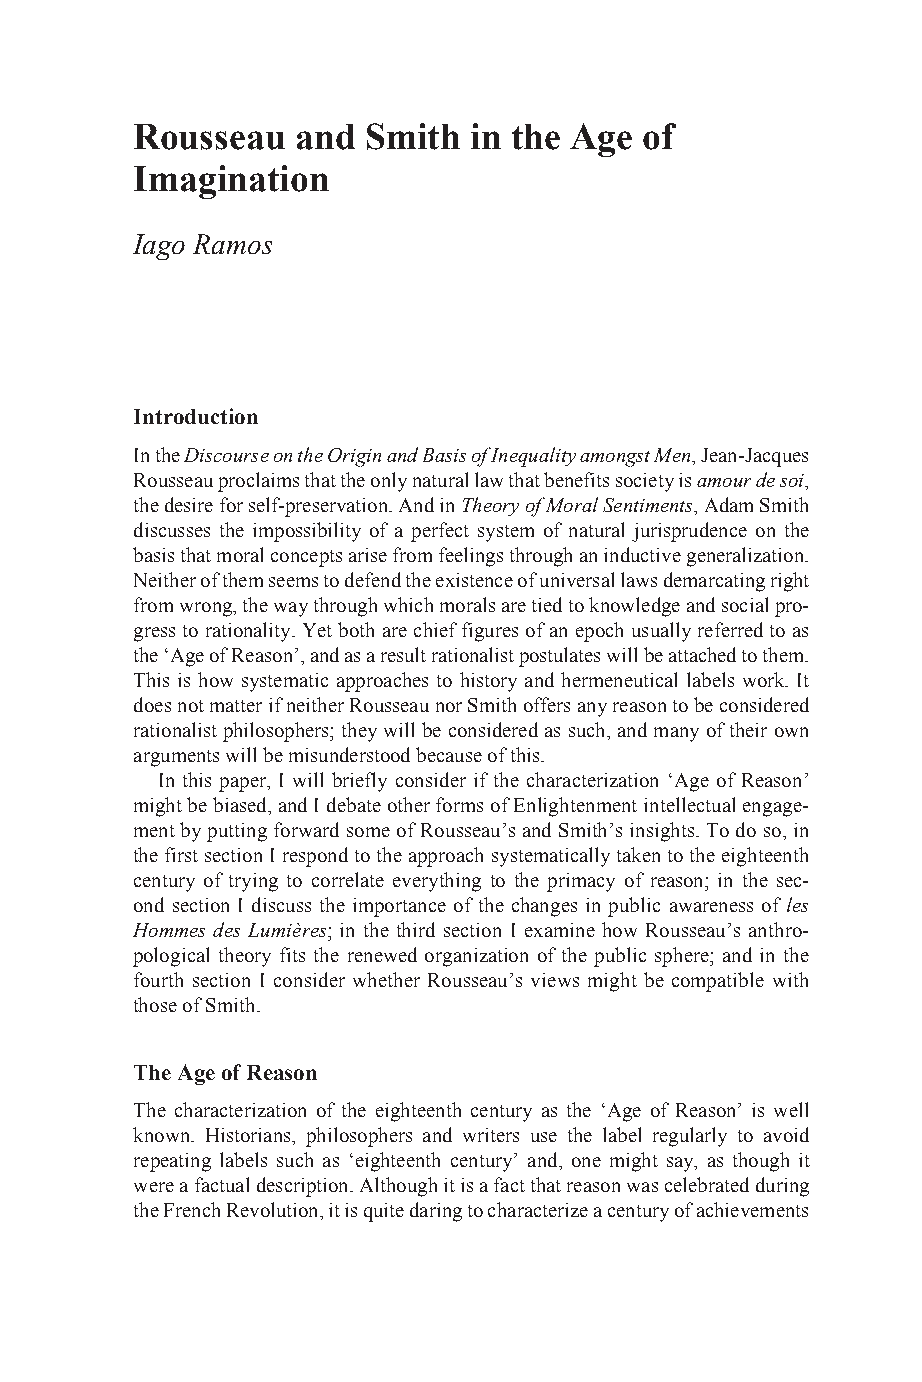
Rousseau   and Smith  in the Age of
 Imagination
 Iago Ramos
 Introduction
 In the Discourse on the Origin and Basis of Inequality amongst Men, Jean-Jacques
 Rousseau proclaims that the only natural law that benefits society is amour de soi,
 the desire for self-preservation. And in Theory of Moral Sentiments, Adam Smith
 discusses the impossibility of a perfect system of natural jurisprudence on the
 basis that moral concepts arise from feelings through an inductive generalization.
 Neither of them seems to defend the existence of universal laws demarcating right
 from wrong, the way through which morals are tied to knowledge and social pro-
 gress to rationality. Yet both are chief figures of an epoch usually referred to as
 the ‘Age of Reason’, and as a result rationalist postulates will be attached to them.
 This is how systematic approaches to history and hermeneutical labels work. It
 does not matter if neither Rousseau nor Smith offers any reason to be considered
 rationalist philosophers; they will be considered as such, and many of their own
 arguments will be misunderstood because of this.
 In this paper, I will briefly consider if the characterization ‘Age of Reason’
 might be biased, and I debate other forms of Enlightenment intellectual engage-
 ment by putting forward some of Rousseau’s and Smith’s insights. To do so, in
 the first section I respond to the approach systematically taken to the eighteenth
 century of trying to correlate everything to the primacy of reason; in the sec-
 ond section I discuss the importance of the changes in public awareness of les
 Hommes des Lumières; in the third section I examine how Rousseau’s anthro-
 pological theory fits the renewed organization of the public sphere; and in the
 fourth section I consider whether Rousseau’s views might be compatible with
 those of Smith.
 The Age of Reason
 The characterization of the eighteenth century as the ‘Age of Reason’ is well
 known. Historians, philosophers and writers use the label regularly to avoid
 repeating labels such as ‘eighteenth century’ and, one might say, as though it
 were a factual description. Although it is a fact that reason was celebrated during
 the French Revolution, it is quite daring to characterize a century of achievements